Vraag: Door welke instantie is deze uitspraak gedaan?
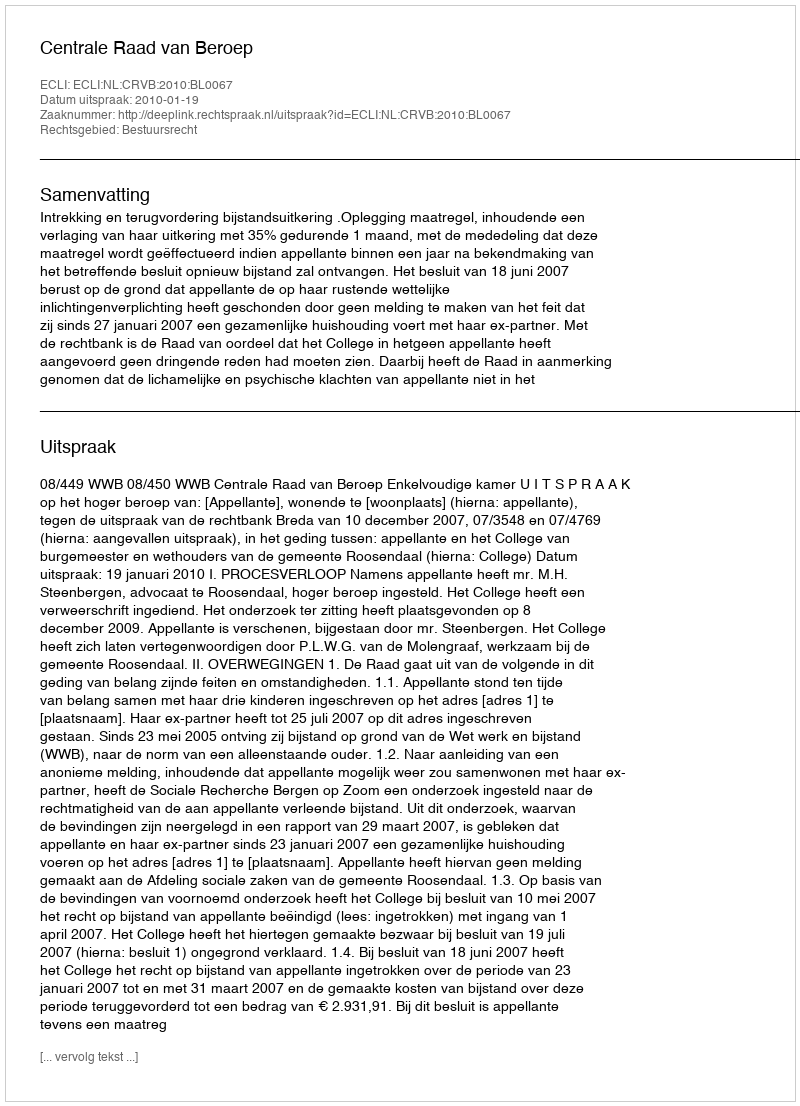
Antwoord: Centrale Raad van Beroep